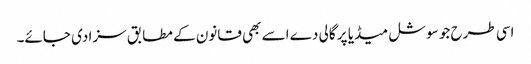
اسی طرح جو سوشل میڈیا پر گالی دے اسے بھی قانون کے مطابق سزا دی جائے۔